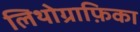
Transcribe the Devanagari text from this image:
लिथोग्राफ़िका